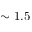
\sim 1 . 5